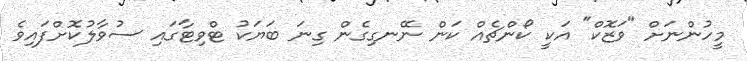
މީހުންނަށް "ވަޒޮކް" އަކީ ކޯންޗެއް ކަން ނޭނގިގެން ގިނަ ބަޔަކު ޓްވިޓާގައި ސުވާލުކޮށްފައިވެ